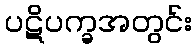
ပဋိပက္ခအတွင်း